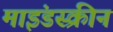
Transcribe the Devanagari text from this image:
माइंडस्क्रीन